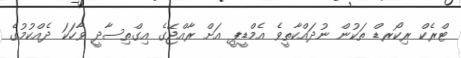
ޓްރެކް ރިކޯރޑް ތަކުން ނުދައްކާތީވެ އެމްޑީޕީ އަށް ރާއްޖޭގެ އިގްތިސާދީ ވާހަކަ ދެއްކުމުގެ